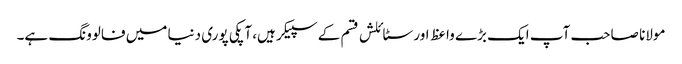
مولانا صاحب آپ ایک بڑے واعظ اور سٹائلش قسم کے سپیکر ہیں، آپکی پوری دنیا میں فالوونگ ہے۔